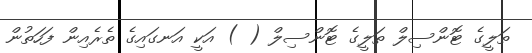
ތަލީގެ ޓޮންސިލް ތަލީގެ ޓޮންސިލް ( ) އަކީ އަނގައިގެ ތެރެއިން ފަހަތުން